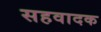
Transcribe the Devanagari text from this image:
सहवादक